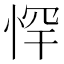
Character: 𭝃